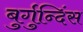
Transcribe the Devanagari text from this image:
बुर्गुन्दिंस